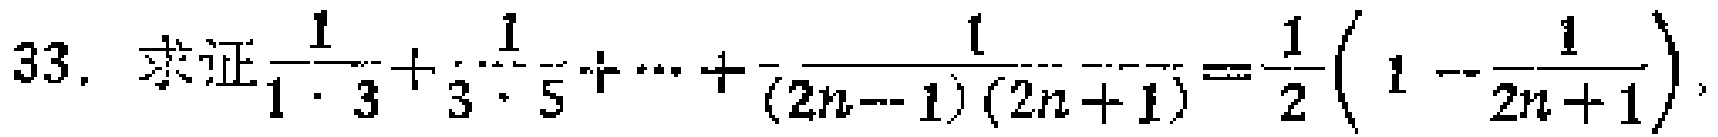
33. 求证$\frac{1}{1\cdot3}+\frac{1}{3\cdot5}+\cdots+\frac{1}{(2n - 1)(2n + 1)}=\frac{1}{2}\left(1-\frac{1}{2n + 1}\right)$